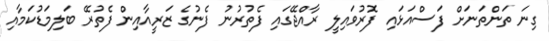
ގިނަ ތަންތަނަށް ފަސްއަޅައި ފޮރުވައިލީ ރާއްޖޭގައި ފެތުރުނު ފެނުގެ ޒަރީއާއިން ފެތުރޭ ބަލިމަޑުކަމާއި